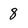
Character: 8